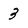
Character: 3